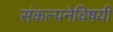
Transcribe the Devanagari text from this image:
संकल्पनेविषयी